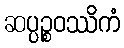
ဆပ္ပဉ္စဝဿိကံ